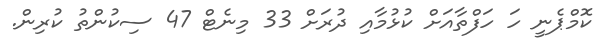
ކޮމްޕެނީ ހަ ހަފްތާއަށް ކުޅުމާއި ދުރަށް 33 މިނެޓް 47 ސިކުންތު ކުރިން.